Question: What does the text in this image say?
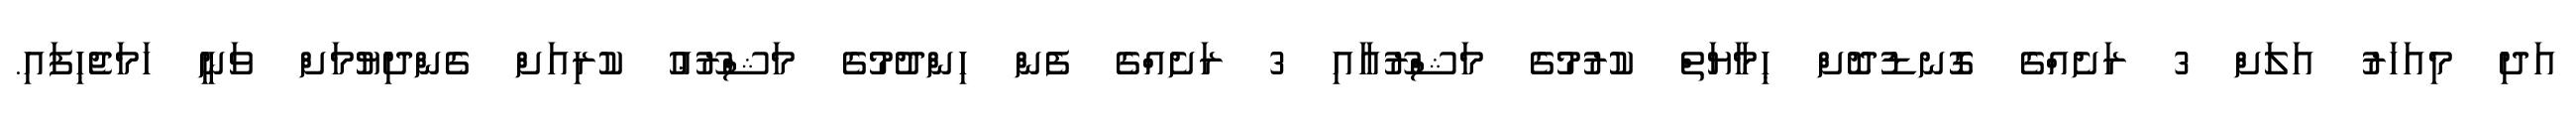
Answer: އަދި މިއަހަރު އަލަށް 3 ރަށެއްގެ ގޮނޑުދޮށް ޙިމާޔަތް ކުރުމުގެ މަޝްރޫޢާއި 3 ރަށެއްގެ ފެން ހިންދުމުގެ މަޝްރޫޢު ކުރިއަށް ގެންދިޔުމަށް ވަނީ ހަމަޖެހިފައި.